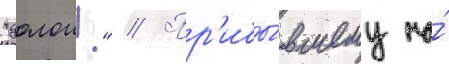
"долои!" // Пр'ибы́вшему на́